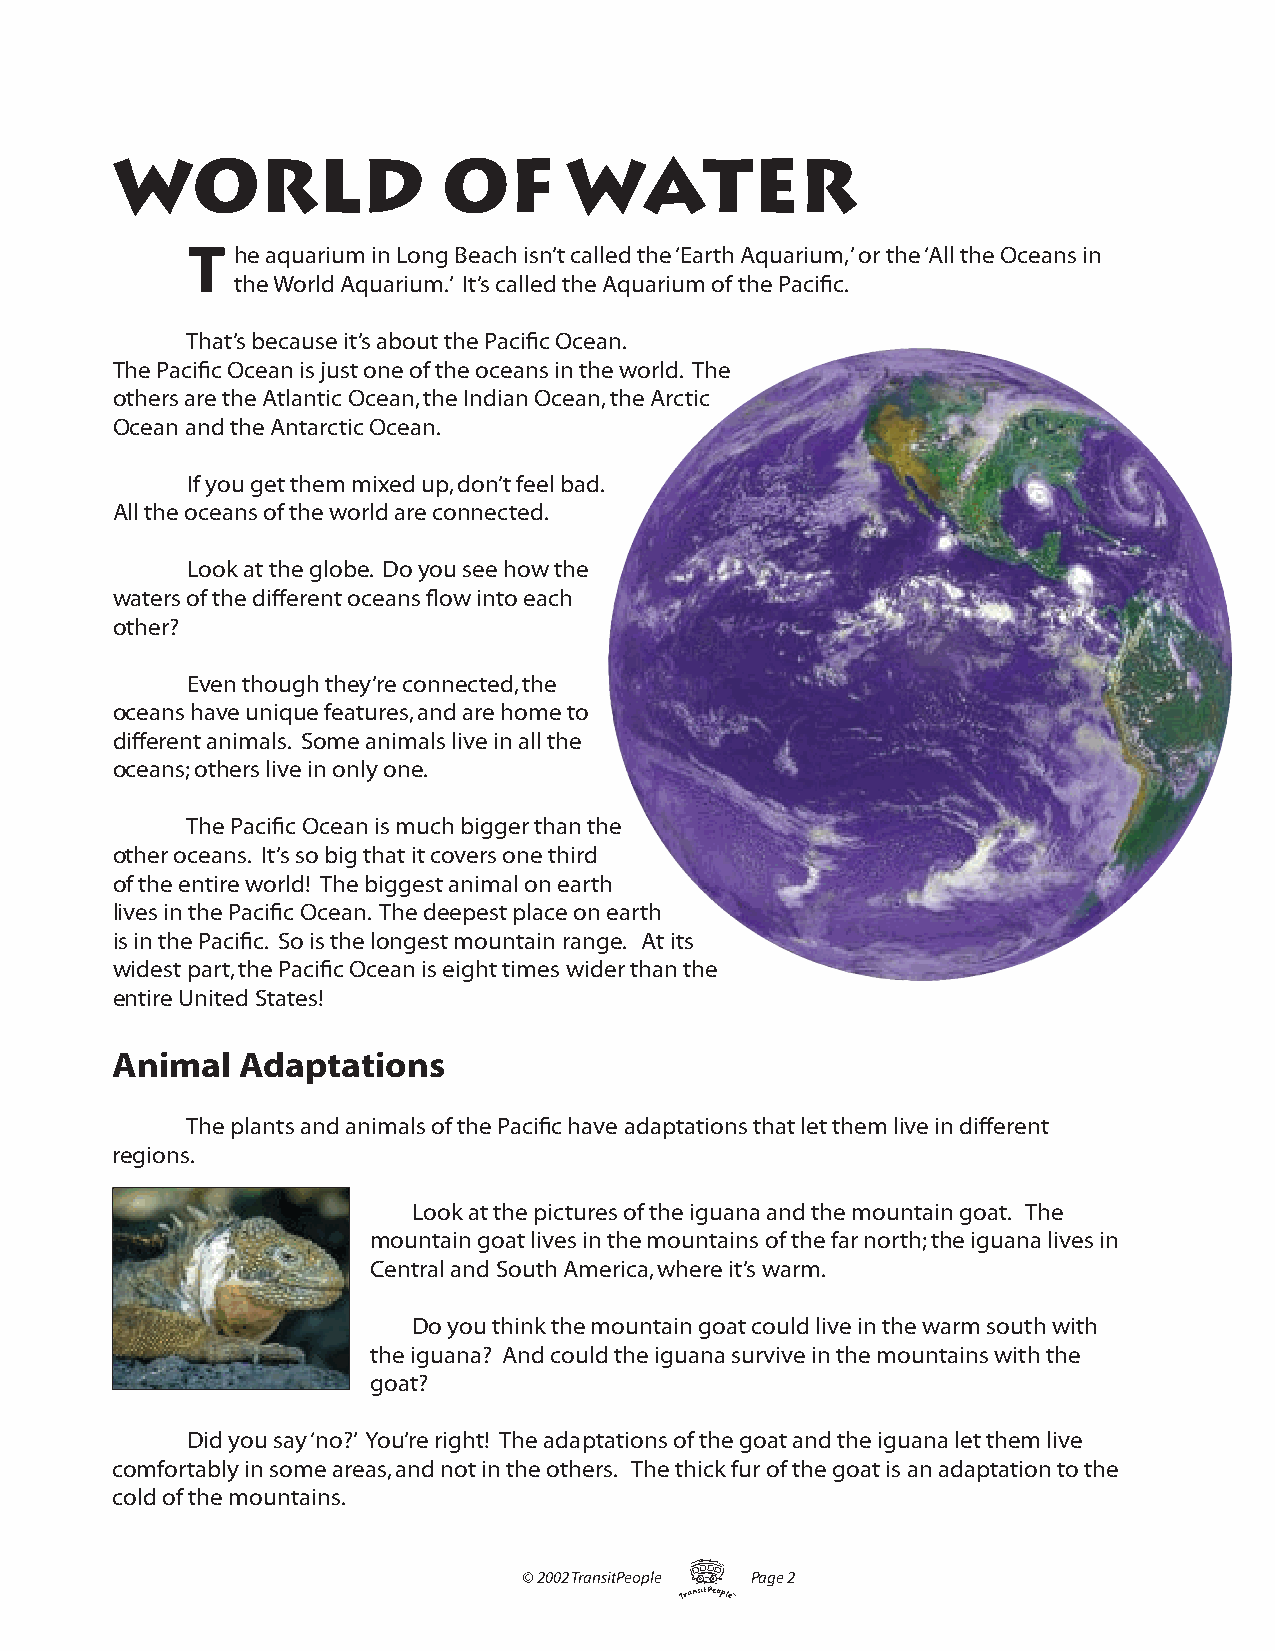
WORLD                 OF      WATER
 T  he aquarium in Long Beach isn’t called the ‘Earth Aquarium,’ or the ‘All the Oceans in
 the World Aquarium.’ It’s called the Aquarium of the Pacifi c.
 That’s because it’s about the Pacifi c Ocean.
 The Pacifi c Ocean is just one of the oceans in the world. The
 others are the Atlantic Ocean, the Indian Ocean, the Arctic
 Ocean and the Antarctic Ocean.
 If you get them mixed up, don’t feel bad.
 All the oceans of the world are connected.
 Look at the globe. Do you see how the
 waters of the different oceans fl ow into each
 other?
 Even though they’re connected, the
 oceans have unique features, and are home to
 different animals. Some animals live in all the
 oceans; others live in only one.
 The Pacifi c Ocean is much bigger than the
 other oceans. It’s so big that it covers one third
 of the entire world! The biggest animal on earth
 lives in the Pacifi c Ocean. The deepest place on earth
 is in the Pacifi c. So is the longest mountain range. At its
 widest part, the Pacifi c Ocean is eight times wider than the
 entire United States!
 Animal   Adaptations
 The plants and animals of the Pacifi c have adaptations that let them live in different
 regions.
 Look at the pictures of the iguana and the mountain goat. The
 mountain goat lives in the mountains of the far north; the iguana lives in
 Central and South America, where it’s warm.
 Do you think the mountain goat could live in the warm south with
 the iguana? And could the iguana survive in the mountains with the
 goat?
 Did you say ‘no?’ You’re right! The adaptations of the goat and the iguana let them live
 comfortably in some areas, and not in the others. The thick fur of the goat is an adaptation to the
 cold of the mountains.
 T
 © 2002 TransitPeople Page 2